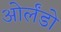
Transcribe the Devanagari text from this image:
ओर्लँडो